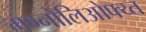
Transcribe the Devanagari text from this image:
मग्नोलिओफ्य्त